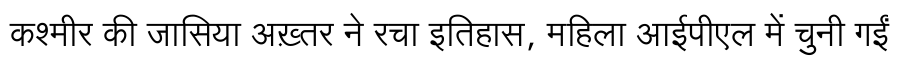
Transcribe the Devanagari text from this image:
कश्मीर की जासिया अख़्तर ने रचा इतिहास, महिला आईपीएल में चुनी गईं